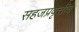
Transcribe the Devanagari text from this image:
सहजप्रवृत्तीचे